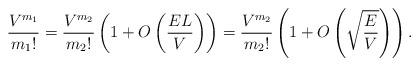
LaTeX: \begin{align*}\frac{V^{m_1}}{m_1!} = \frac{V^{m_2}}{m_2!}\left(1+O\left(\frac{EL}V\right)\right) = \frac{V^{m_2}}{m_2!}\left(1+O\left(\sqrt{\frac EV}\right)\right).\end{align*}